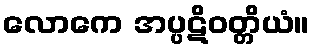
လောကေ အပ္ပဋိဝတ္တိယံ။